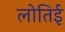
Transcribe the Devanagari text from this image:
लोतिई